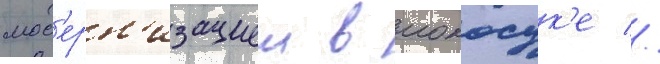
мод'ерн'изациеи в иокосук'е //